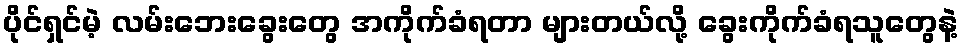
ပိုင်ရှင်မဲ့ လမ်းဘေးခွေးတွေ အကိုက်ခံရတာ များတယ်လို့ ခွေးကိုက်ခံရသူတွေနဲ့